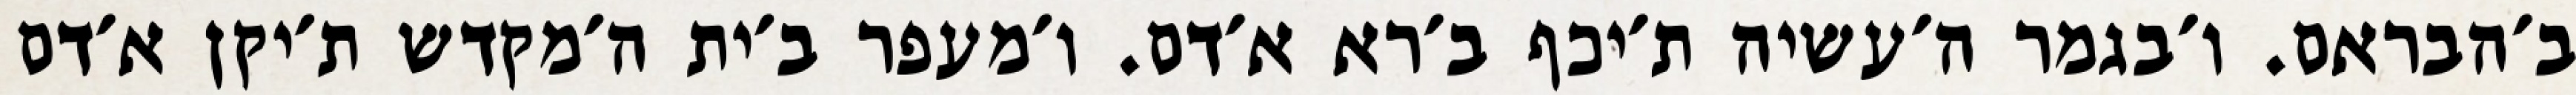
ב׳הבראם. ו׳בגמר ה׳עשיה ת׳יכף ב׳רא א׳דם. ו׳מעפר ב׳ית ה׳מקדש ת׳יקן א׳דם